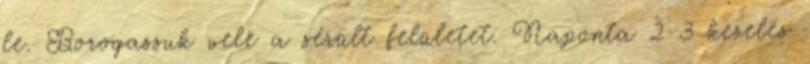
le. Borogassuk vele a sérült felületet. Naponta 2-3 kezelés